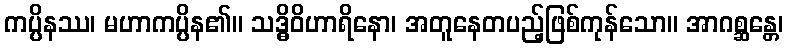
ကပ္ပိနဿ၊ မဟာကပ္ပိန၏။ သဒ္ဓိဝိဟာရိနော၊ အတူနေတပည့်ဖြစ်ကုန်သော။ အာဂစ္ဆန္တေ၊